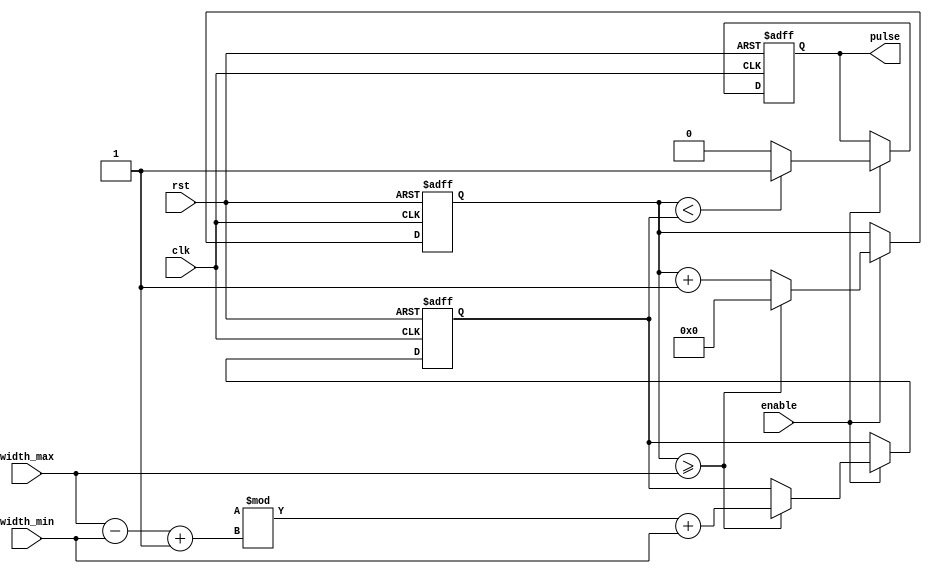
module variable_pulse_width_generator(
    input clk,
    input rst,
    input enable,
    input [31:0] width_min,
    input [31:0] width_max,
    output reg pulse
);

reg [31:0] counter;
reg [31:0] pulse_width;

always @(posedge clk or posedge rst) begin
    if (rst) begin
        counter <= 0;
        pulse_width <= 0;
        pulse <= 0;
    end else if (enable) begin
        if (counter < pulse_width) begin
            pulse <= 1;
        end else begin
            pulse <= 0;
        end
        
        if (counter >= width_max) begin
            counter <= 0;
            pulse_width <= $random % (width_max - width_min + 1) + width_min;
        end else begin
            counter <= counter + 1;
        end
    end
end

endmodule